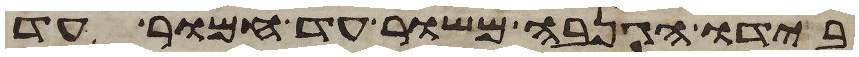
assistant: בידו הגנבה משור עד חמור עד